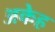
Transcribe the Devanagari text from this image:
अकेह